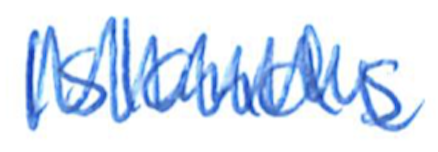
Text: Islands
Cross-out: zig-zag
Writing tool: ballpoint